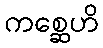
ကစ္ဆေဟိ